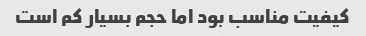
کیفیت مناسب بود اما حجم بسیار کم است